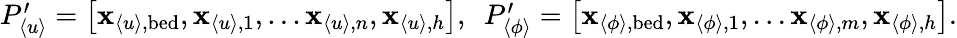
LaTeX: \begin{array}{r}{P_{\langle u\rangle}^{\prime}=\left[\mathbf{x}_{\langle u\rangle,\mathrm{bed}},\mathbf{x}_{\langle u\rangle,1},...\mathbf{x}_{\langle u\rangle,n},\mathbf{x}_{\langle u\rangle,h}\right],\ \ P_{\langle\phi\rangle}^{\prime}=\left[\mathbf{x}_{\langle\phi\rangle,\mathrm{bed}},\mathbf{x}_{\langle\phi\rangle,1},...\mathbf{x}_{\langle\phi\rangle,m},\mathbf{x}_{\langle\phi\rangle,h}\right].}\end{array}